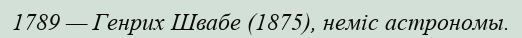
1789 — Генрих Швабе (1875), неміс астрономы.